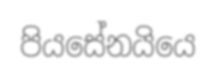
පියසේනයියෙ